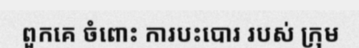
ពួកគេ ចំពោះ ការបះបោរ របស់ ក្រុម